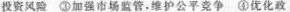
投资风险 ③加强市场监管，维护公平竞争 ④优化政